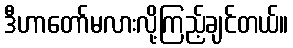
ဒီဟာတော်မလားလို့ကြည့်ချင်တယ်။